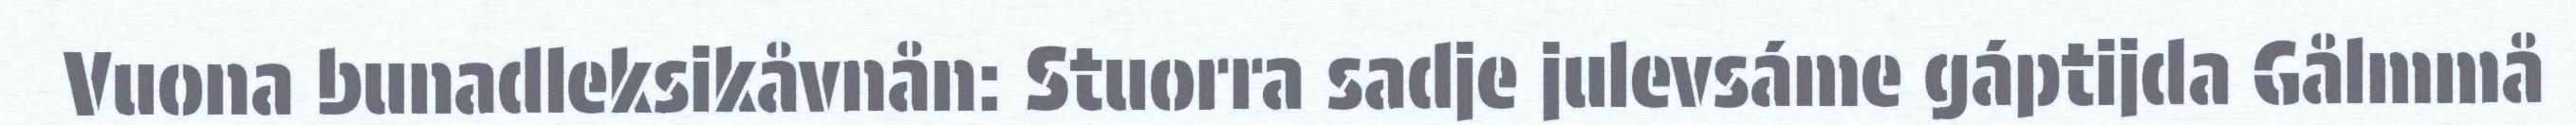
Vuona bunadleksikåvnån: Stuorra sadje julevsáme gáptijda Gålmmå